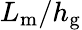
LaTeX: L_{\textrm{m}}/h_{\textrm{g}}